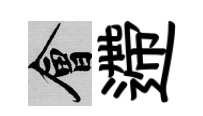
會遰